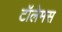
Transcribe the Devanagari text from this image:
टॉलेमस